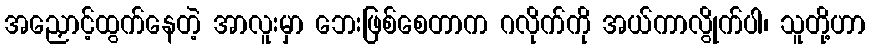
အညှောင့်ထွက်နေတဲ့ အာလူးမှာ ဘေးဖြစ်စေတာက ဂလိုက်ကို အယ်ကာလွိုက်ပါ၊ သူတို့ဟာ